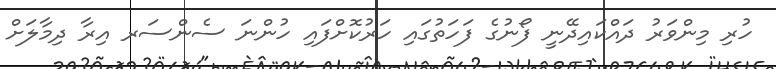
ހުރި މިންވަރު ދައްކައިދޭނީ ފޯނުގެ ފަހަތުގައި ހަރުކޮށްފައި ހުންނަ ސެންސަރ އިރާ ދިމާލަށް